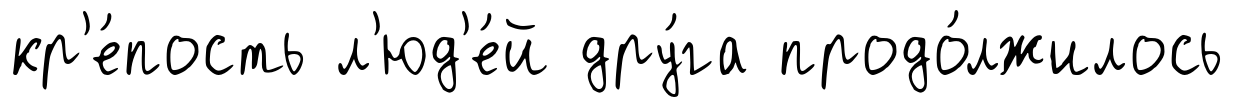
кр'е́пость л'юд'е́й дру́га продо́лжилось